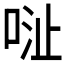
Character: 𱒺